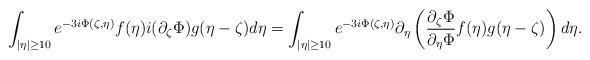
LaTeX: \begin{align*}\int_{|\eta| \ge 10} e^{-3i \Phi(\zeta,\eta)} f(\eta) i (\partial_\zeta \Phi) g(\eta- \zeta) d\eta = \int_{|\eta| \ge 10} e^{-3i\Phi(\zeta,\eta)} \partial_\eta \left( \frac{\partial_\zeta \Phi}{\partial_\eta \Phi} f(\eta) g(\eta- \zeta)\right) d\eta.\end{align*}